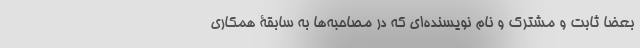
بعضا ثابت و مشترک و نام نویسنده‌ای که در مصاحبه‌ها به سابقۀ همکاری